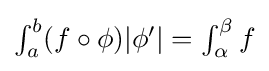
{\textstyle \int _{a}^{b}(f\circ \phi )|\phi '|=\int _{\alpha }^{\beta }f}